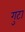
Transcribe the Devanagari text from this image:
गुटा